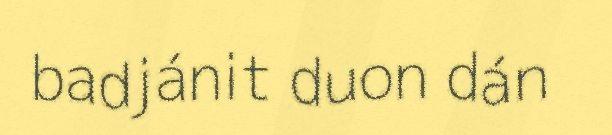
badjánit duon dán